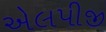
એલપીજી